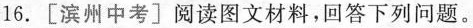
16.[滨州中考]阅读图文材料，回答下列问题。